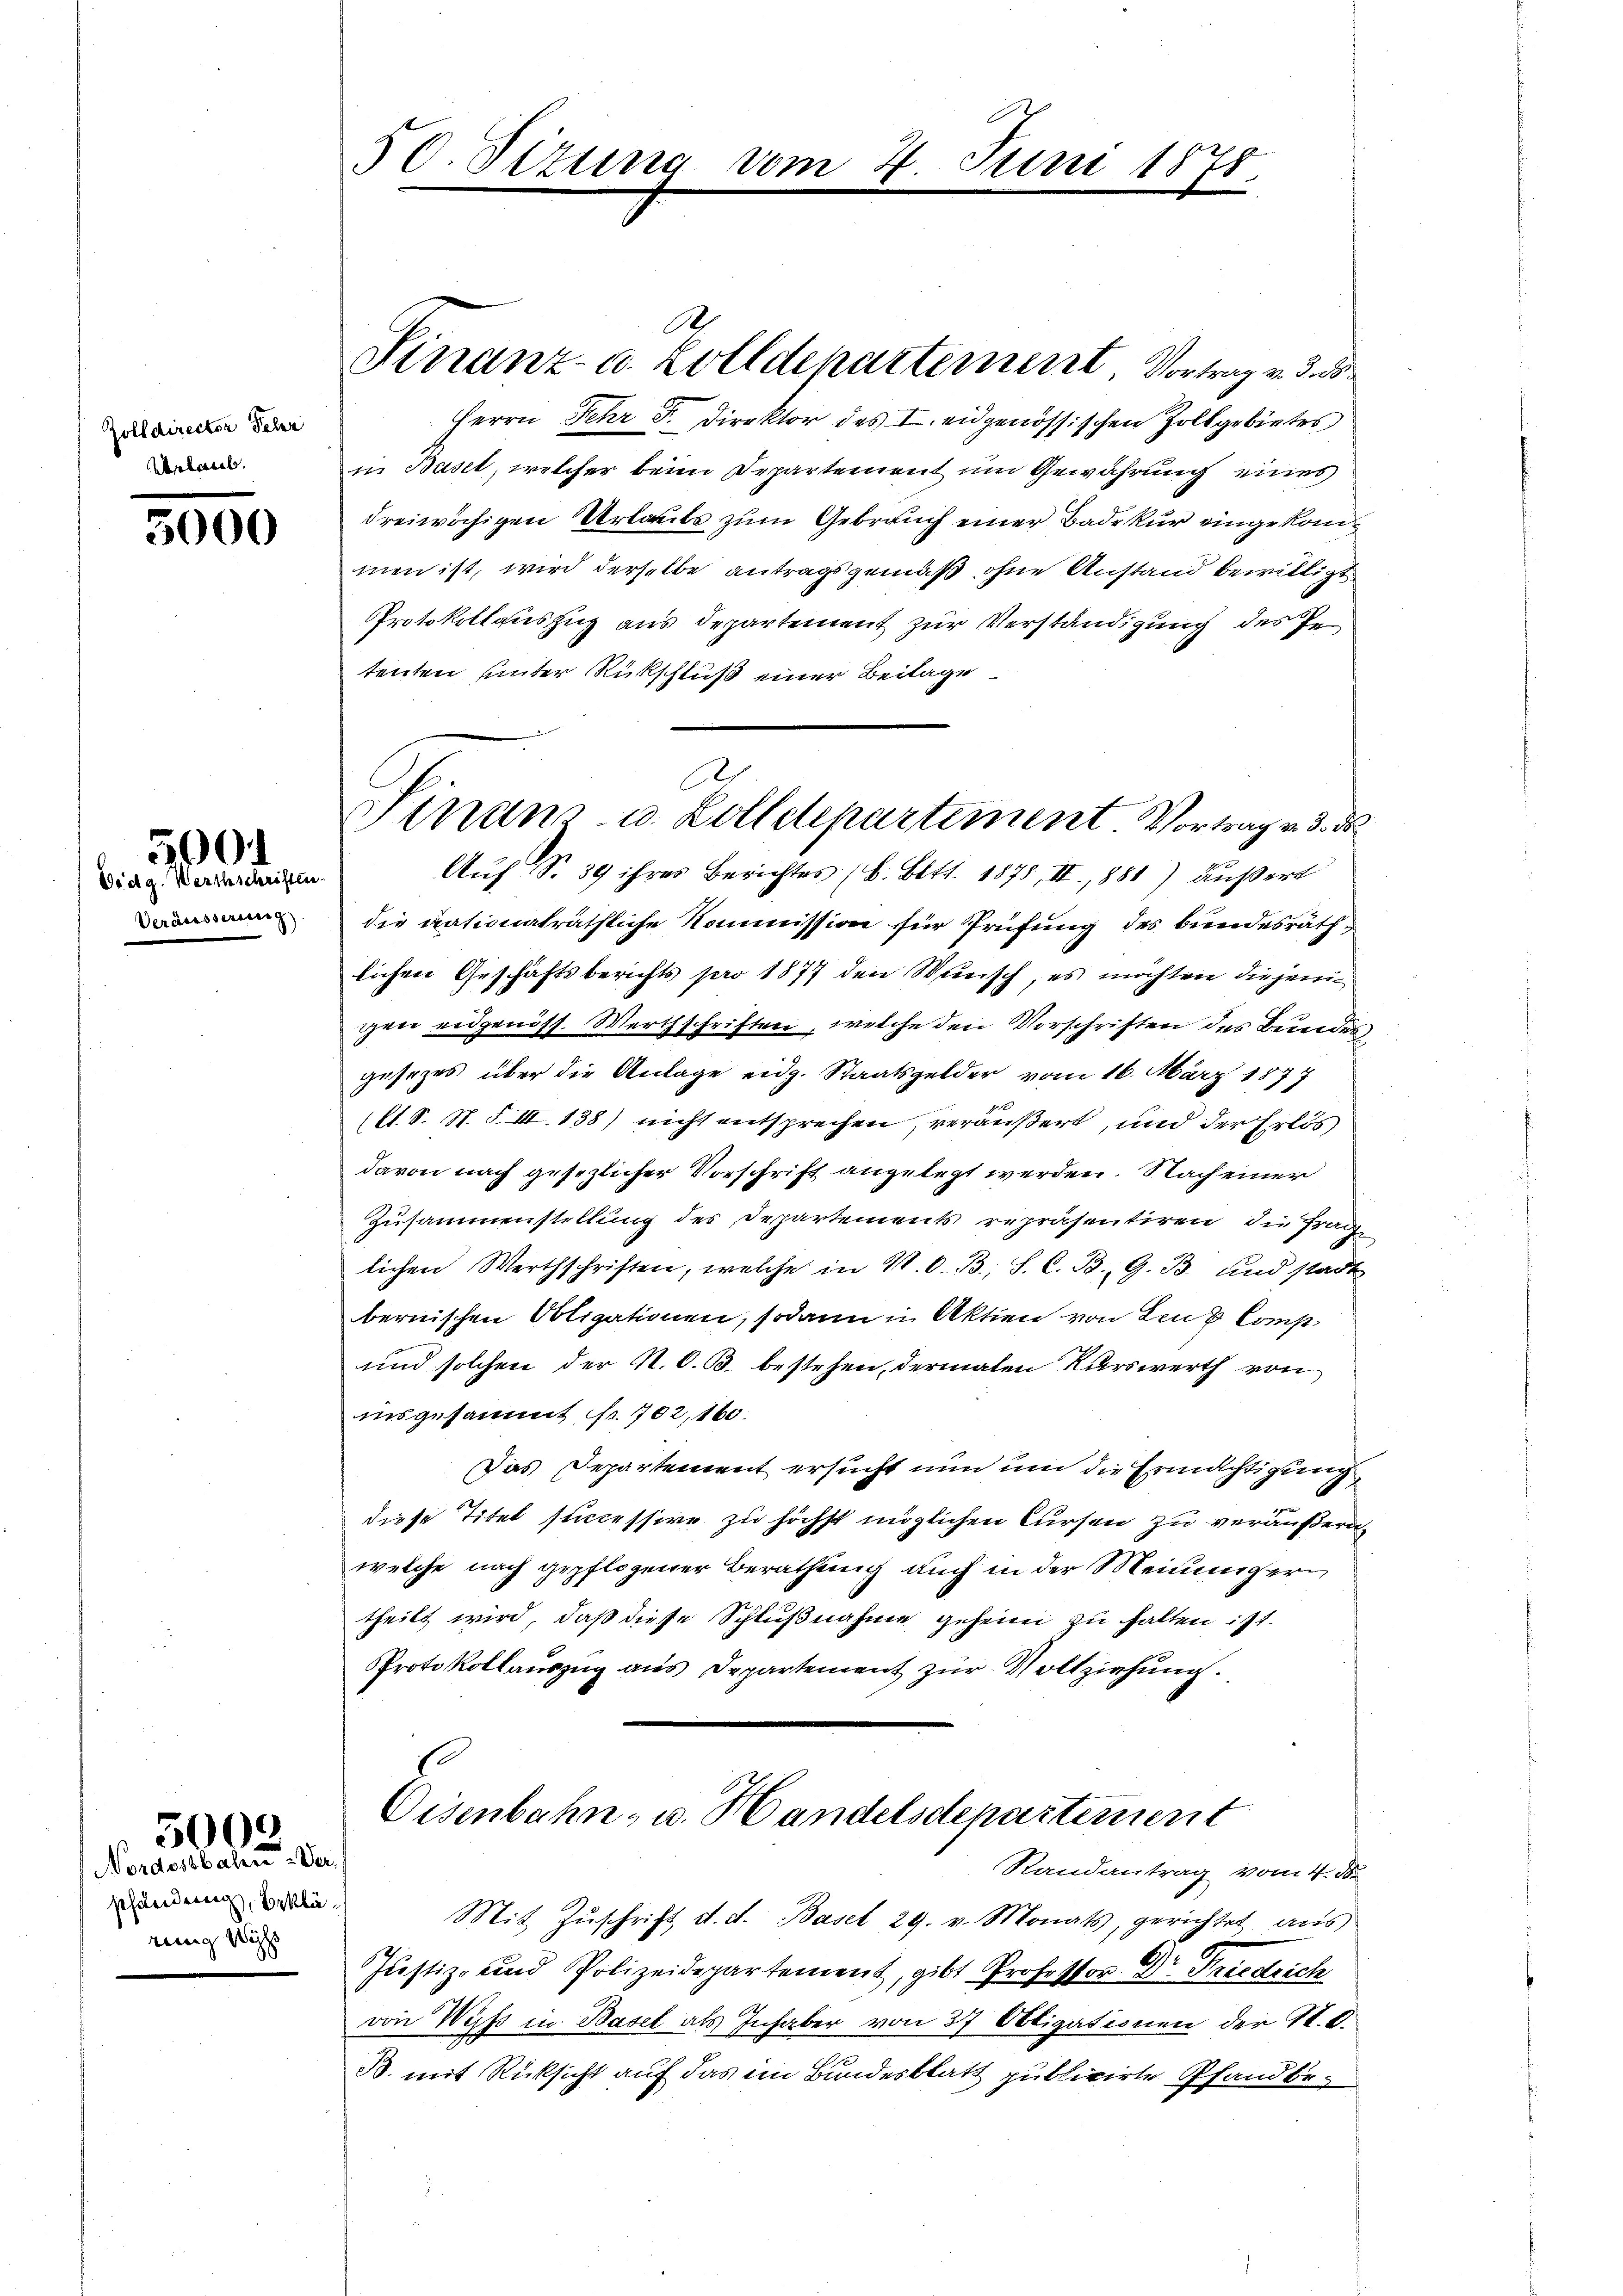
Zolldirector Schr
Urlaub.

3000

5004
Eidg. Werthschriften.

Veräusserung

schändung, Erkläennig Woch

5000
Nordostbahn. Ver

50. Sizung vom 4. Juni 1878.
e

A
Herrn Fehr F. Direktor des I. eidgenössischen Zollgebietes
in Basel, welcher beim Departement um Gewährung eines
dreiwächigen Urlauts zum Gebrauch einer Bade kur eingekommen ist, wird derselbe antragsgemäß, ohne Anstand bewilligt
Protokollauszug aus Departement zur Verständigung des Petenten unter Rückschluß einer Beilage
die nationalräthliche Kommission für Prüfung des bundesräthlichen Geschäftsberichts pro 1877 den Sturisch, es möchten diejenigen eidgenöss. Werthschriften, welche den Vorschriften des Bundes
gesezes über die Anlage eidg. Staatsgelder vom 16. März 1877
(lt. S. St. S. III 138) nicht entsprechen, veräußert, und der Erlös
davon nach gesezlicher Vorschrift angelegt werden. Nach einer
Zusammenstellung des Departements repräsentiren, die Frag
lichen Werthschriften, welche in N. O. B., S. C. B. G. B. und stadt
bernischen Obligationen, sodann in Aktien von Lenz Comp.
und solchen der N. O. B. bestehen, dermalen Kurswerth von
insgesammt fr. 702, 160.
Das Departement ersucht nun um die Ermächtigung
diese Titel sticcessive zu höchst möglichen Cursen zu veräußern,
welche nach gepflogener Berathung auch in der Meinunger
theilt wird, daß diese Schlußnahme geheim zu halten ist.
Protokollauszug aus Departement zur Vollziehung.
s
Eisenbahn- u. Handelsdepartement
Randantrag vom 4. ds.
Mit Zŭschrift d. d. Basel 29. v. Monats, gerichtet aus
Justiz- und Polizeidepartement, gibt Professor Dr. Friedrich
von Wyss in Basel als Inhaber von 37 Obligationen der St. C.
B. mit Rücksicht auf das im Bundesblatt publicirte Pfandbe¬

Finanz- u. Zolldepartement Vortrag v. 3. d

A
Finanz- u. Zolldepartement Vortrag v. 3. ds
Auf S. 39 ihres Berichtes (s. Bett. 1878, II., 881) Außert